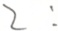
2 :